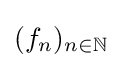
\textstyle (f_{n})_{n\in \mathbb {N} }